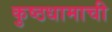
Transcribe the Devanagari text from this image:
कुष्ठधामाची